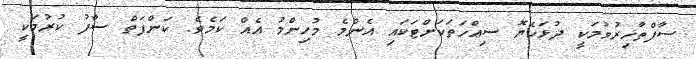
ސާފްތާހިރުވުމަކީ ދުޅަހެޔޮ ސިއްހަތަކަށްޓަކައި އެންމެ މުހިންމު އެއް ކަމެވެ. ކަންފަތް ސާފު ކުރުމަކީ